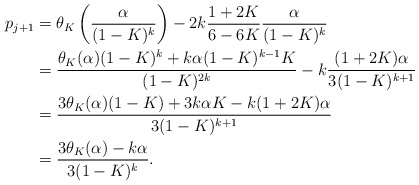
\begin{align*} p_{j+1} &= \theta_K\left(\frac{\alpha}{(1-K)^k}\right) - 2k\frac{1+2K}{6-6K}\frac{\alpha}{(1-K)^k}\\&= \frac{\theta_K(\alpha)(1-K)^k + k\alpha(1-K)^{k-1}K}{(1-K)^{2k}} - k\frac{(1+2K)\alpha}{3(1-K)^{k+1}}\\&= \frac{3\theta_K(\alpha)(1-K) + 3k\alpha K-k(1+2K)\alpha}{3(1-K)^{k+1}}\\&= \frac{3\theta_K(\alpha) - k\alpha}{3(1-K)^{k}}.\end{align*}